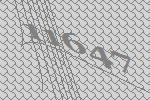
11647